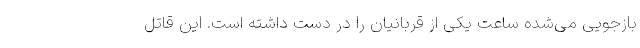
بازجویی می‌شده ساعت یکی از قربانیان را در دست داشته است. این قاتل